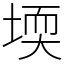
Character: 堧